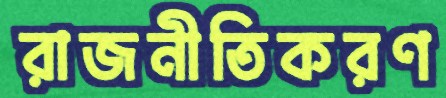
রাজনীতিকরণ